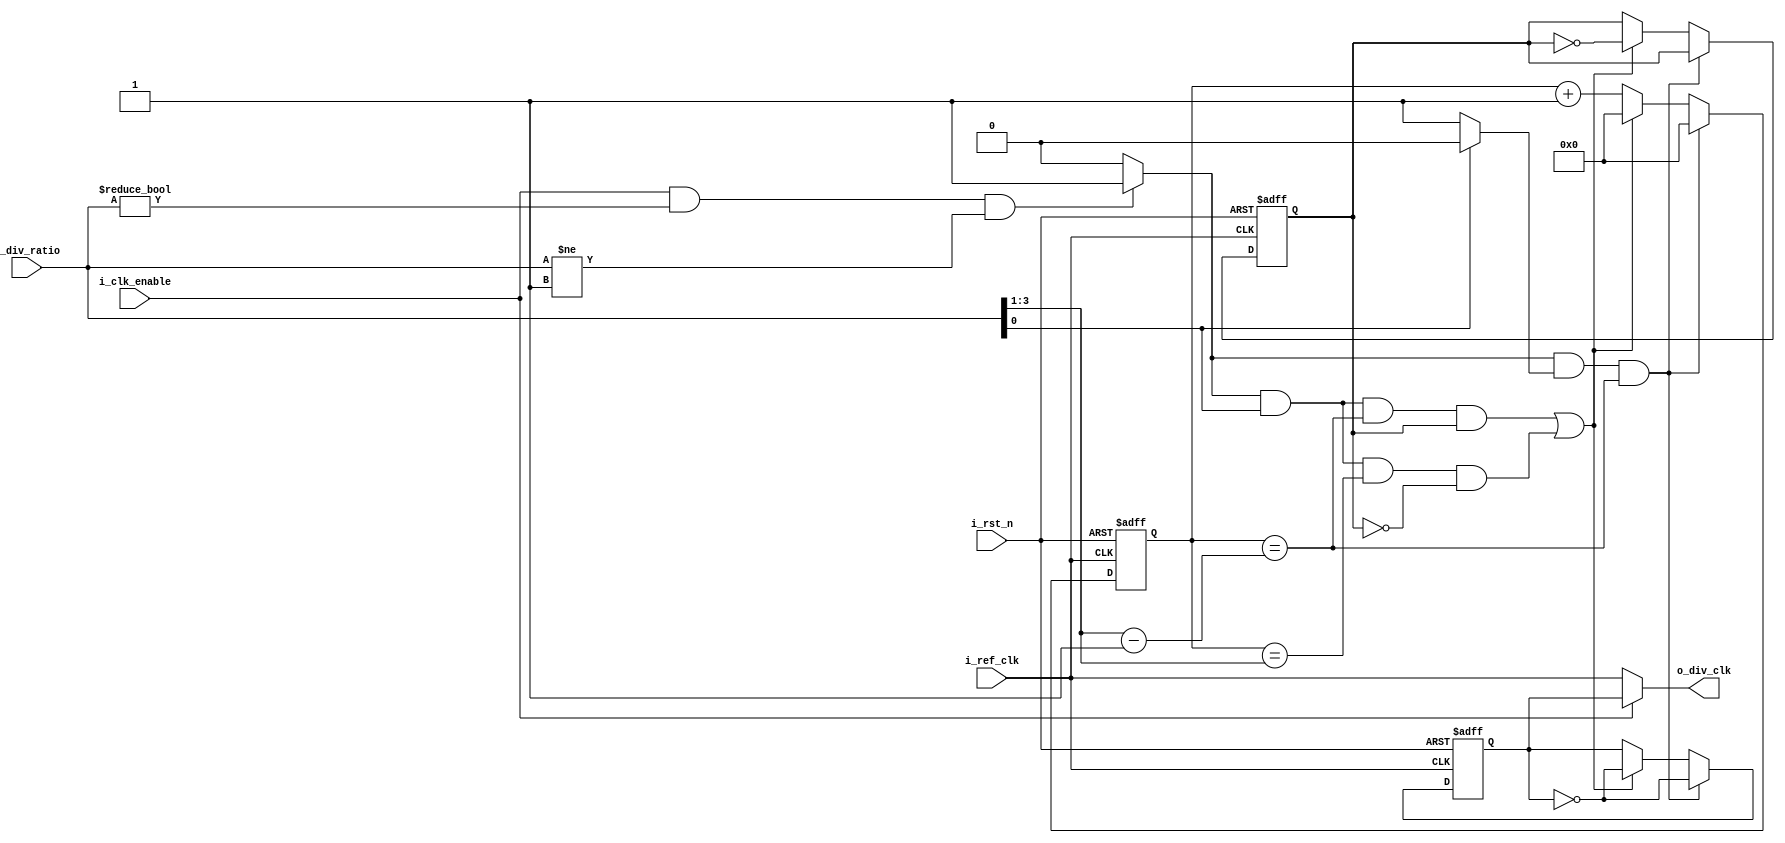
module ClkDiv (

input	wire		i_ref_clk,
input	wire		i_rst_n,
input	wire		i_clk_enable,
input	wire	[3:0]	i_div_ratio,
output	wire		o_div_clk

);

wire		clk_div_enable ;
wire	[3:0]	half_cycle;
reg	[3:0]	 counter ;
//wire		count_done;	
wire		even_case;
reg		div_clk;
reg		odd_toggle;


assign clk_div_enable = (i_clk_enable && (i_div_ratio != 4'b0)&&(i_div_ratio !=4'd1)) ? 1: 0;
assign even_case = (i_div_ratio[0] == 1'b0)? 1'b1 : 1'b0;
assign half_cycle = i_div_ratio >> 1'b1 ;


always@(posedge i_ref_clk or negedge i_rst_n)
begin
	if(!i_rst_n)
begin
	div_clk <= 1'b0;
	counter <=4'b0;
	odd_toggle <=1'b0;
end
	else if(clk_div_enable && even_case && counter == (half_cycle - 1'b1) )
begin
	div_clk <= ~div_clk ;
	counter <= 4'b0;
end

	else if (clk_div_enable && !even_case && counter == (half_cycle-1'b1) && odd_toggle || clk_div_enable && !even_case && counter == half_cycle && !odd_toggle)
begin	
	div_clk <= ~div_clk ;
	counter <= 4'b0;
	odd_toggle <= ~odd_toggle;
end


	else
begin
	counter <= counter +1'b1 ;
end

	
end


assign o_div_clk = (i_clk_enable == 1'b1) ? div_clk: i_ref_clk ;

endmodule